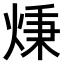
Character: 𤊔